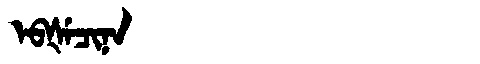
Manchu: ᡝᠪᡧᡝᠴᡳᠨᠠ
Romanization: EBŠECINA